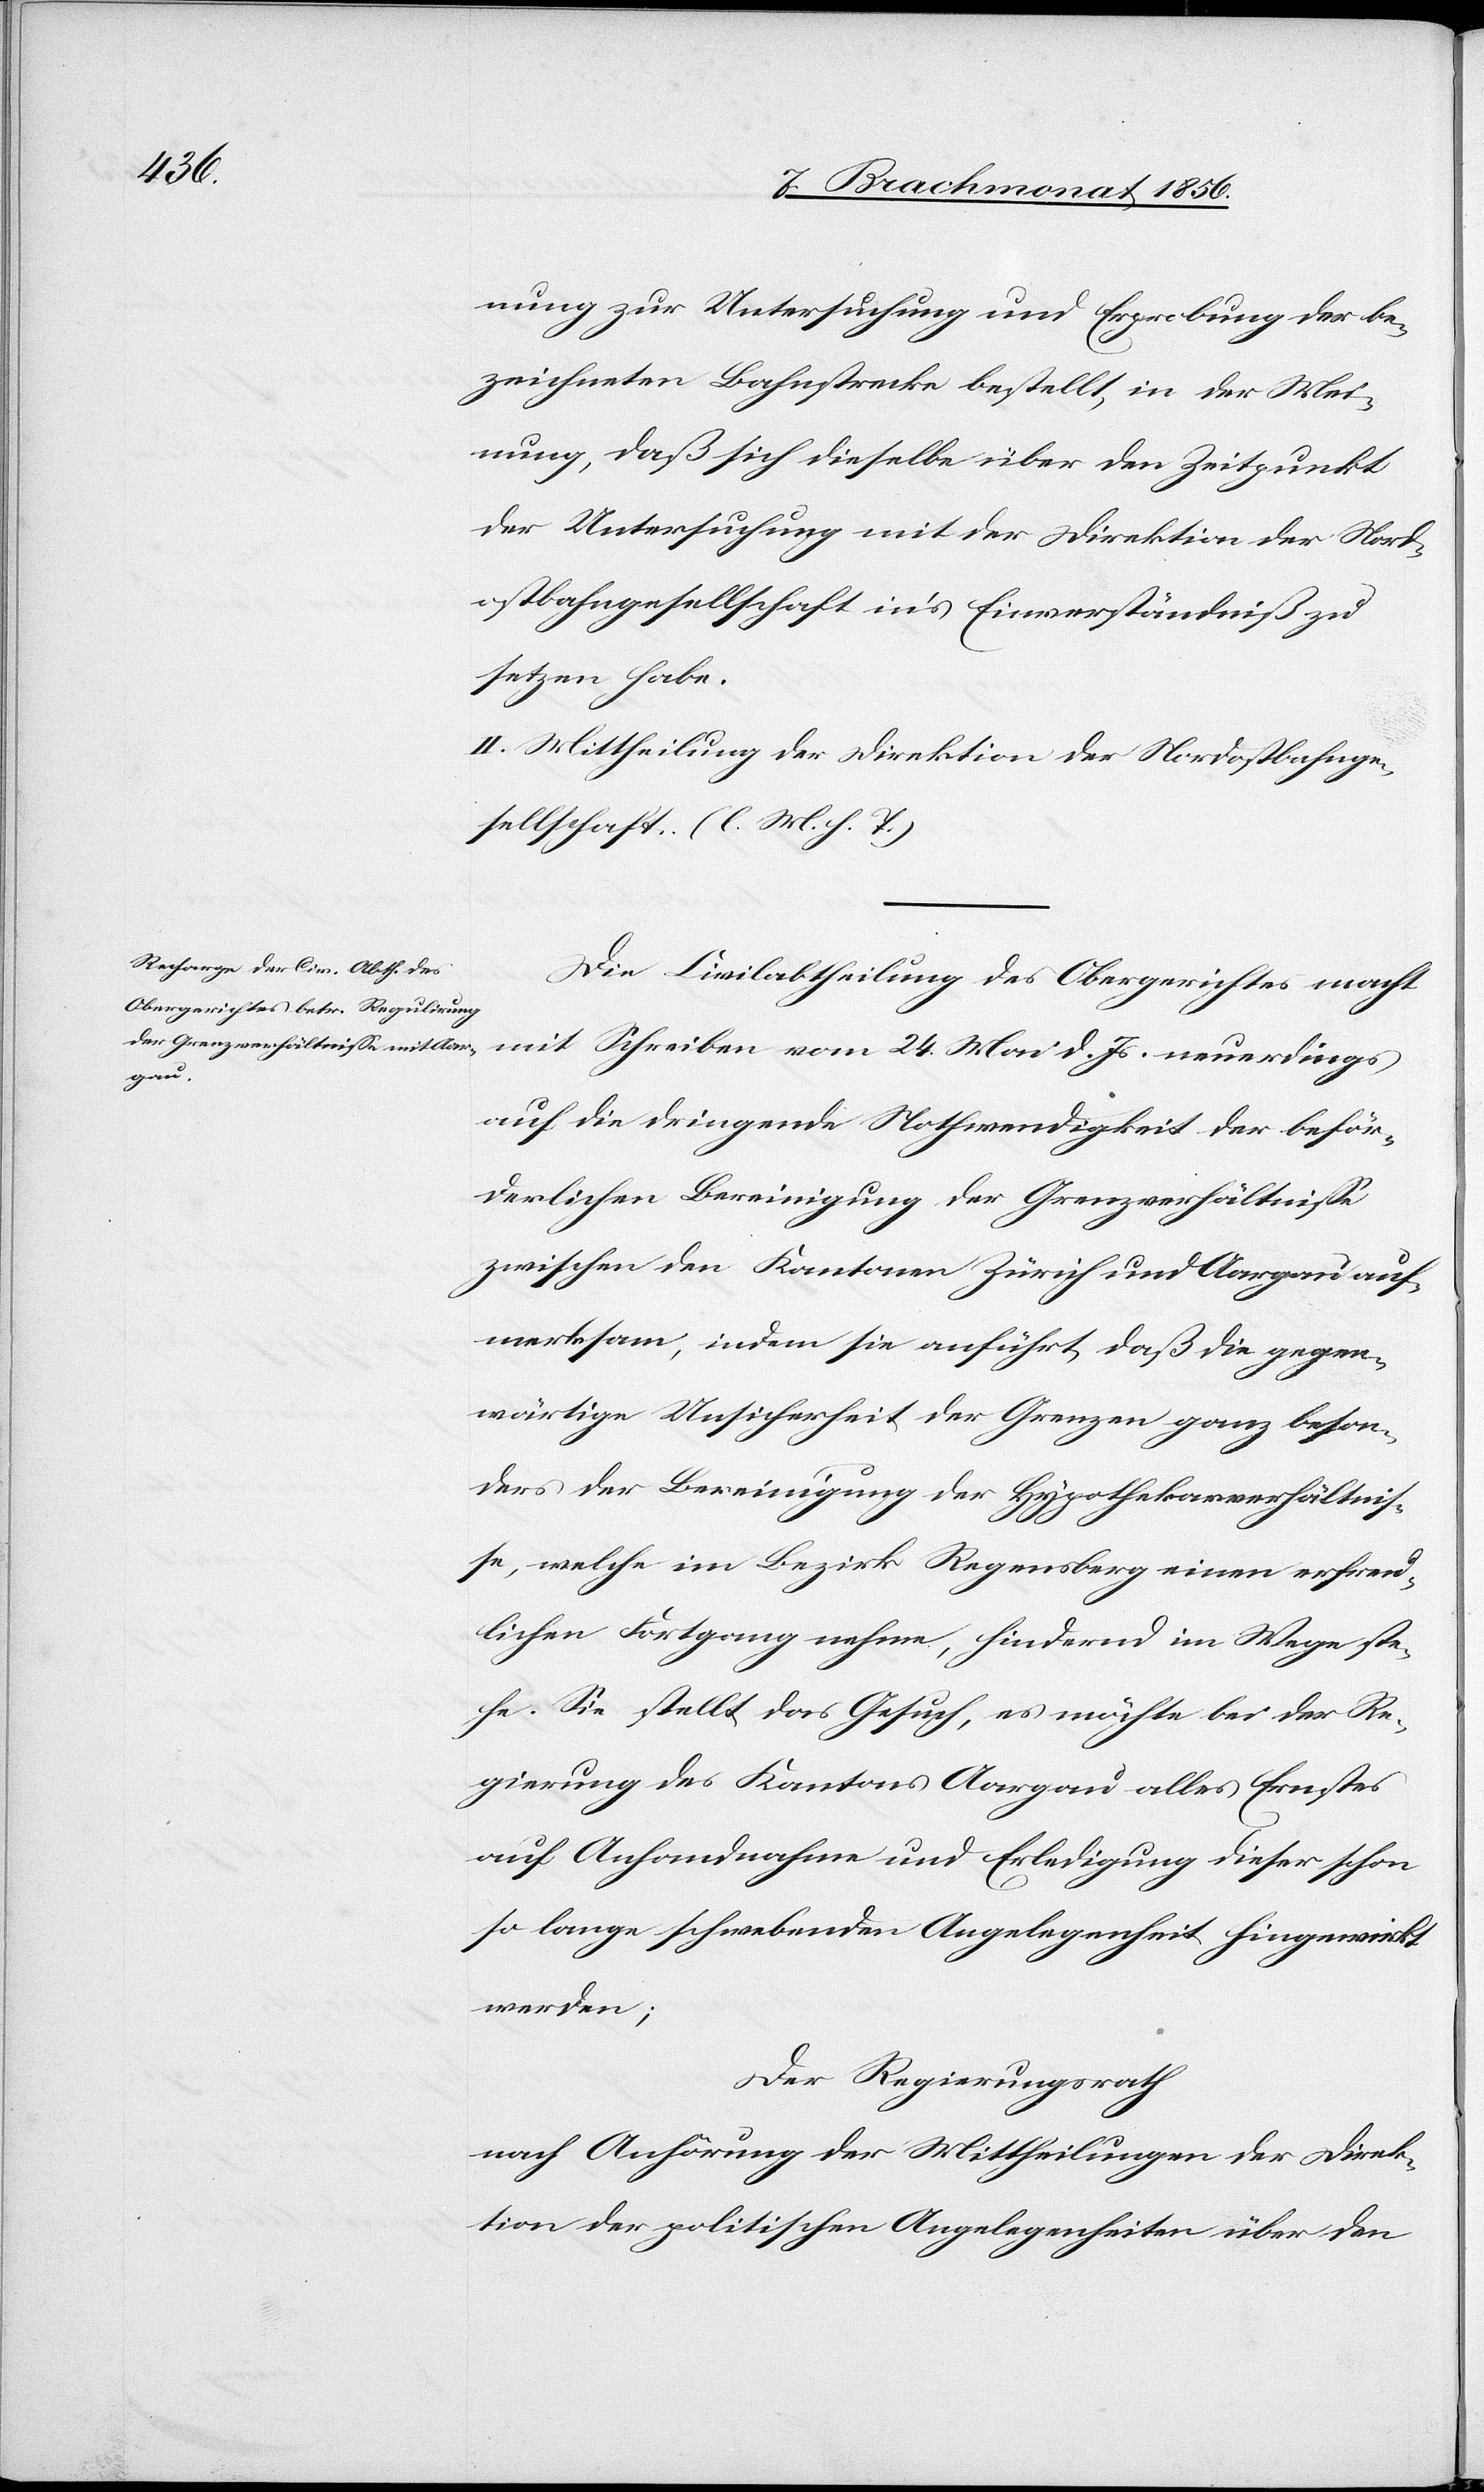
nung zur Untersuchung und Erprobung der be¬
zeichneten Bahnstrecke bestellt, in der Mei¬
nung, daß sich dieselbe über den Zeitpunkt
der Untersuchung mit der Direktion der Nord¬
ostbahngesellschaft in’s Einverständniß zu
setzen habe.
II. Mittheilung der Direktion der Nordostbahnge¬
sellschaft. (l. M. h. T.)
Die Civilabtheilung des Obergerichtes macht
mit Schreiben vom 24. Mai d. Js. neuerdings
auf die dringende Nothwendigkeit der beför¬
derlichen Bereinigung der Grenzverhältnisse
zwischen den Kantonen Zürich und Aargau auf¬
merksam, indem sie anführt, daß die gegen¬
wärtige Unsicherheit der Grenzen ganz beson¬
ders der Bereinigung der Hypothekarverhältnis¬
se, welche im Bezirk Regensberg einen erfreu¬
lichen Fortgang nehme, hindernd im Wege ste¬
he. Sie stellt das Gesuch, es möchte bei der Re¬
gierung des Kantons Aargau alles Ernstes
auf Anhandnahme und Erledigung dieser schon
so lange schwebenden Angelegenheit hingewirkt
werden;
Der Regierungsrath
nach Anhörung der Mittheilungen der Direk¬
tion der politischen Angelegenheiten über den